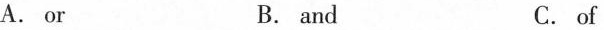
A. or B. and C.of